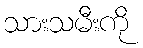
သားသမီးကို